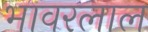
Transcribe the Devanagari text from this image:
भावरलाल